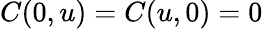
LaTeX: C(0,u)=C(u,0)=0